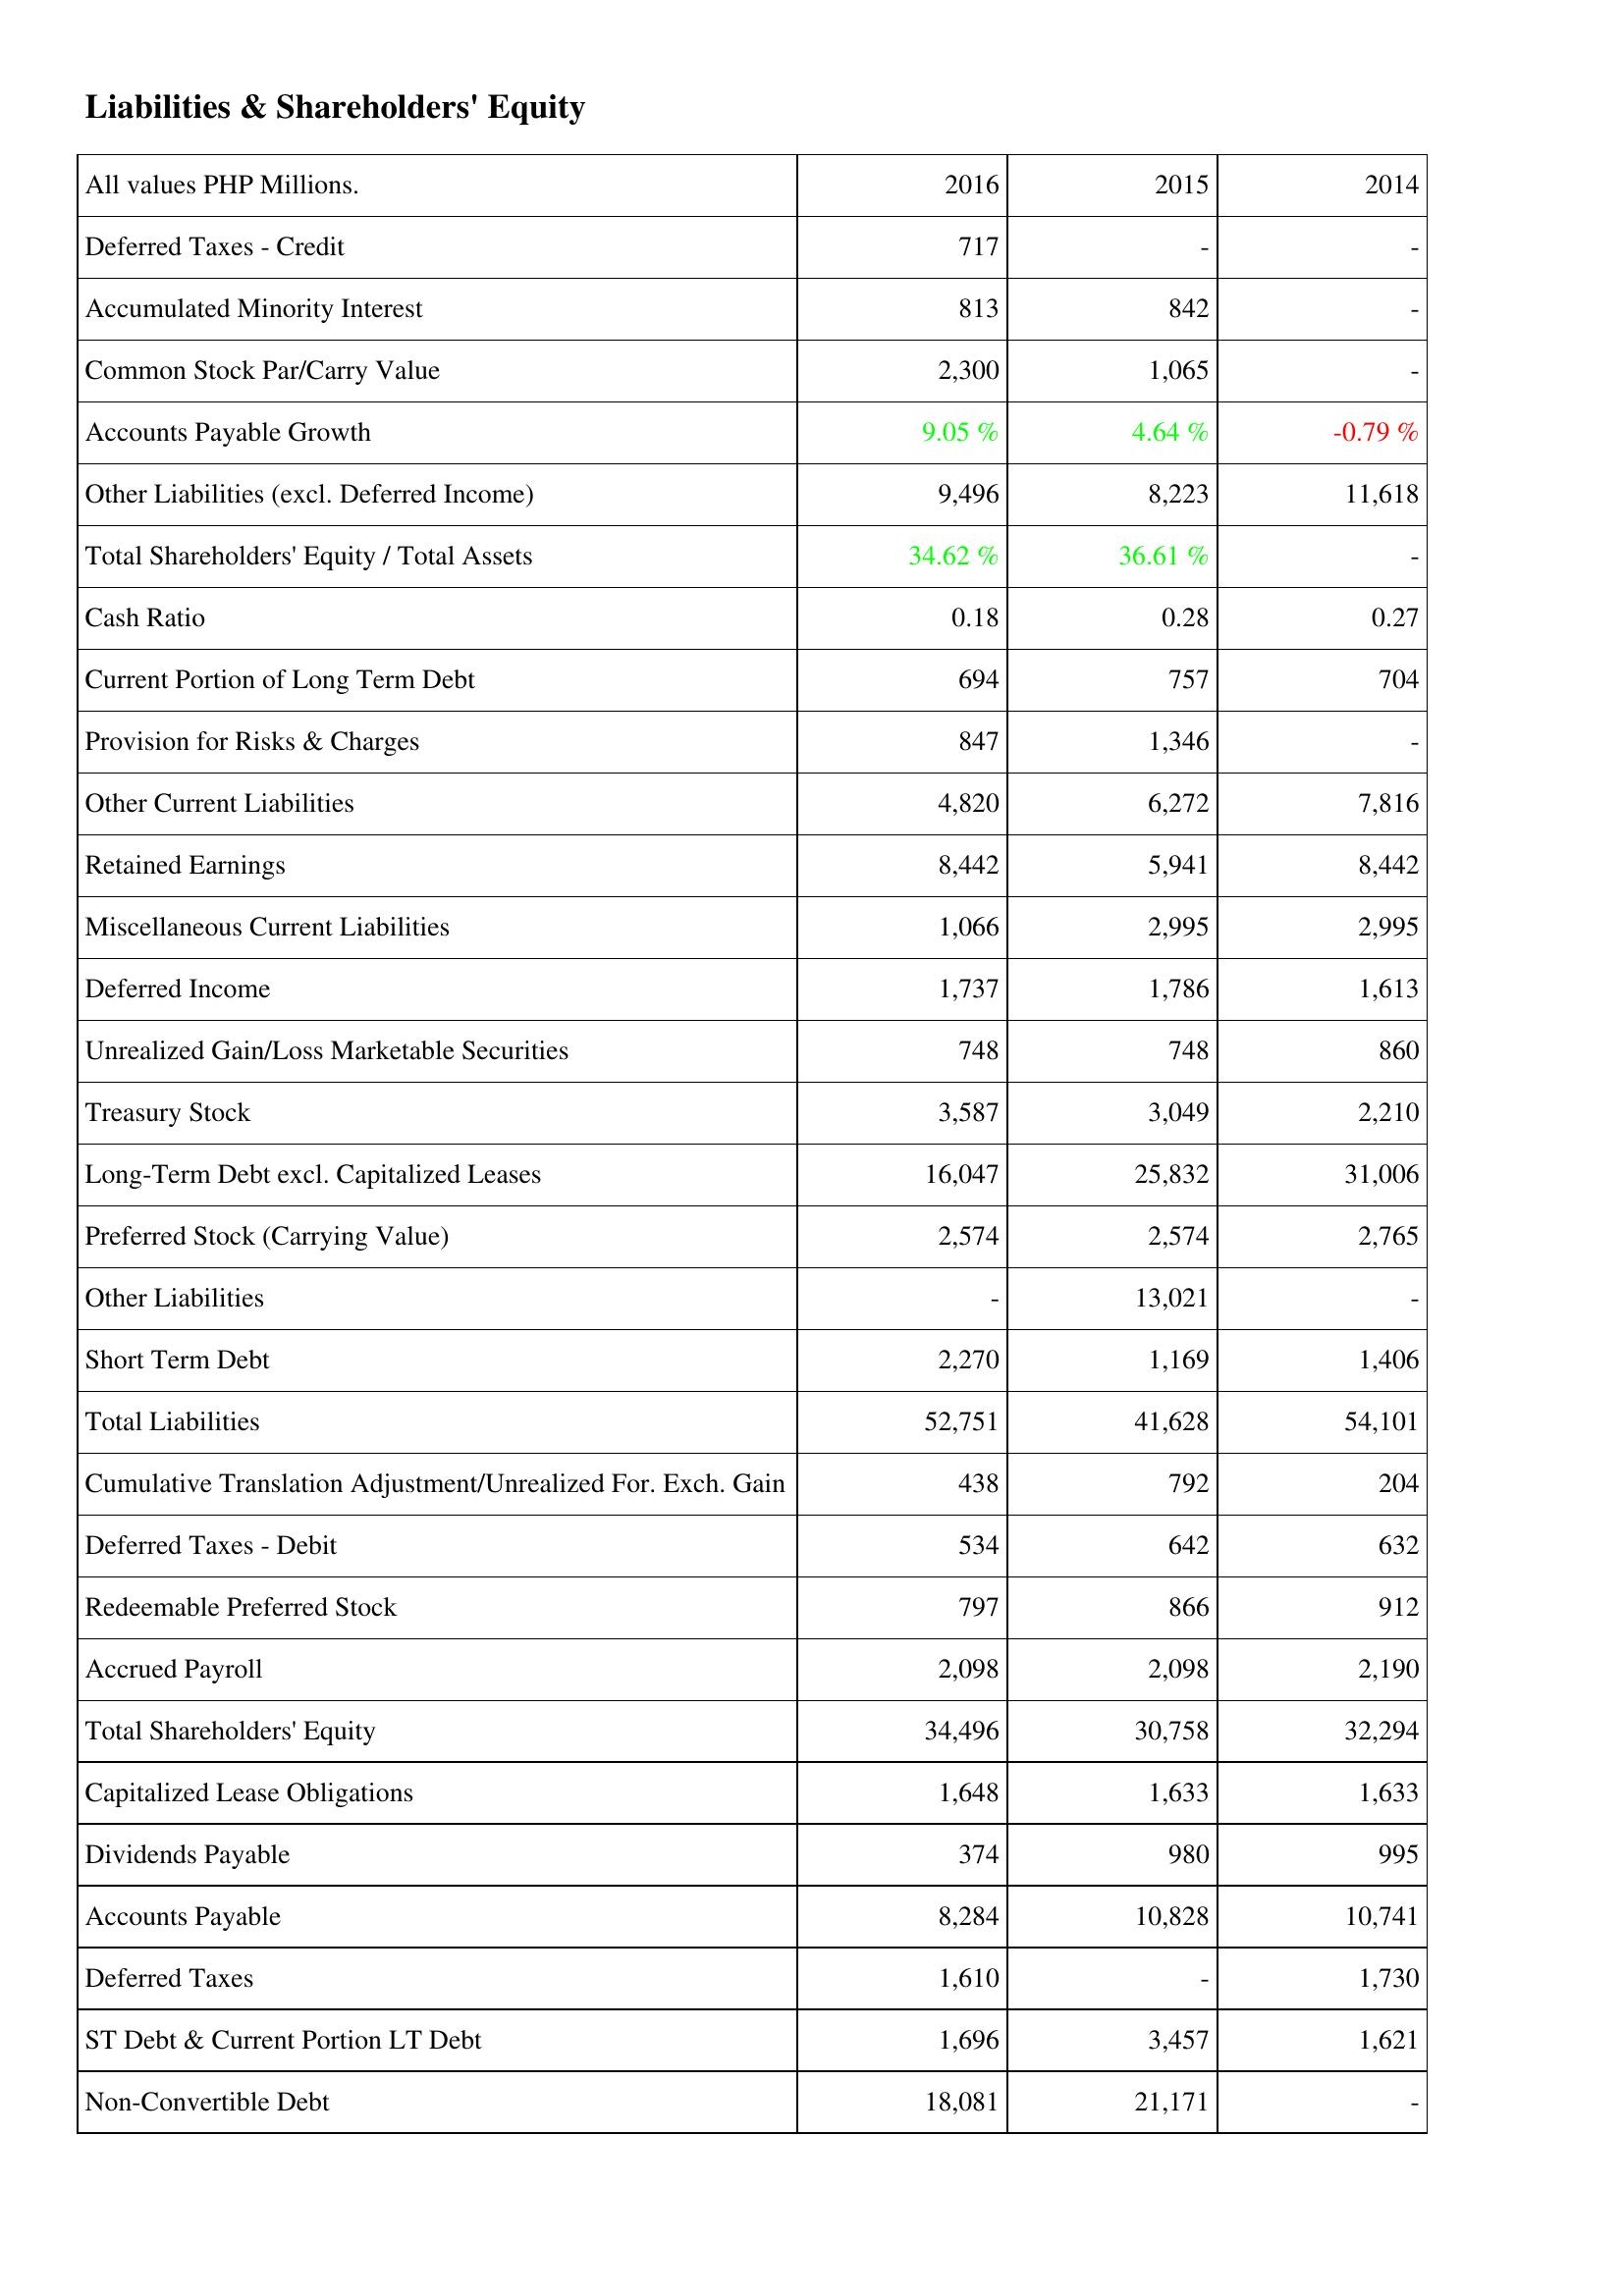
2016: Liabilities & Shareholders' Equity: Deferred Taxes - Credit: 717
Accumulated Minority Interest: 813
Common Stock Par/Carry Value: 2,300
Accounts Payable Growth: 9.05 %
Other Liabilities (excl. Deferred Income): 9,496
Total Shareholders' Equity / Total Assets: 34.62 %
Cash Ratio: 0.18
Current Portion of Long Term Debt: 694
Provision for Risks & Charges: 847
Other Current Liabilities: 4,820
Retained Earnings: 8,442
Miscellaneous Current Liabilities: 1,066
Deferred Income: 1,737
Unrealized Gain/Loss Marketable Securities: 748
Treasury Stock: 3,587
Long-Term Debt excl. Capitalized Leases: 16,047
Preferred Stock (Carrying Value): 2,574
Other Liabilities: -
Short Term Debt: 2,270
Total Liabilities: 52,751
Cumulative Translation Adjustment/Unrealized For. Exch. Gain: 438
Deferred Taxes - Debit: 534
Redeemable Preferred Stock: 797
Accrued Payroll: 2,098
Total Shareholders' Equity: 34,496
Capitalized Lease Obligations: 1,648
Dividends Payable: 374
Accounts Payable: 8,284
Deferred Taxes: 1,610
ST Debt & Current Portion LT Debt: 1,696
Non-Convertible Debt: 18,081
2015: Liabilities & Shareholders' Equity: Deferred Taxes - Credit: -
Accumulated Minority Interest: 842
Common Stock Par/Carry Value: 1,065
Accounts Payable Growth: 4.64 %
Other Liabilities (excl. Deferred Income): 8,223
Total Shareholders' Equity / Total Assets: 36.61 %
Cash Ratio: 0.28
Current Portion of Long Term Debt: 757
Provision for Risks & Charges: 1,346
Other Current Liabilities: 6,272
Retained Earnings: 5,941
Miscellaneous Current Liabilities: 2,995
Deferred Income: 1,786
Unrealized Gain/Loss Marketable Securities: 748
Treasury Stock: 3,049
Long-Term Debt excl. Capitalized Leases: 25,832
Preferred Stock (Carrying Value): 2,574
Other Liabilities: 13,021
Short Term Debt: 1,169
Total Liabilities: 41,628
Cumulative Translation Adjustment/Unrealized For. Exch. Gain: 792
Deferred Taxes - Debit: 642
Redeemable Preferred Stock: 866
Accrued Payroll: 2,098
Total Shareholders' Equity: 30,758
Capitalized Lease Obligations: 1,633
Dividends Payable: 980
Accounts Payable: 10,828
Deferred Taxes: -
ST Debt & Current Portion LT Debt: 3,457
Non-Convertible Debt: 21,171
2014: Liabilities & Shareholders' Equity: Deferred Taxes - Credit: -
Accumulated Minority Interest: -
Common Stock Par/Carry Value: -
Accounts Payable Growth: -0.79 %
Other Liabilities (excl. Deferred Income): 11,618
Total Shareholders' Equity / Total Assets: -
Cash Ratio: 0.27
Current Portion of Long Term Debt: 704
Provision for Risks & Charges: -
Other Current Liabilities: 7,816
Retained Earnings: 8,442
Miscellaneous Current Liabilities: 2,995
Deferred Income: 1,613
Unrealized Gain/Loss Marketable Securities: 860
Treasury Stock: 2,210
Long-Term Debt excl. Capitalized Leases: 31,006
Preferred Stock (Carrying Value): 2,765
Other Liabilities: -
Short Term Debt: 1,406
Total Liabilities: 54,101
Cumulative Translation Adjustment/Unrealized For. Exch. Gain: 204
Deferred Taxes - Debit: 632
Redeemable Preferred Stock: 912
Accrued Payroll: 2,190
Total Shareholders' Equity: 32,294
Capitalized Lease Obligations: 1,633
Dividends Payable: 995
Accounts Payable: 10,741
Deferred Taxes: 1,730
ST Debt & Current Portion LT Debt: 1,621
Non-Convertible Debt: -